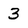
Character: 3